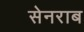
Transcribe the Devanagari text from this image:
सेनराब